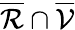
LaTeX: \overline{{\mathcal{R}}}\cap\overline{{\mathcal{V}}}